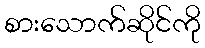
စားသောက်ဆိုင်ကို